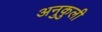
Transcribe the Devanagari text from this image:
अनुकुली